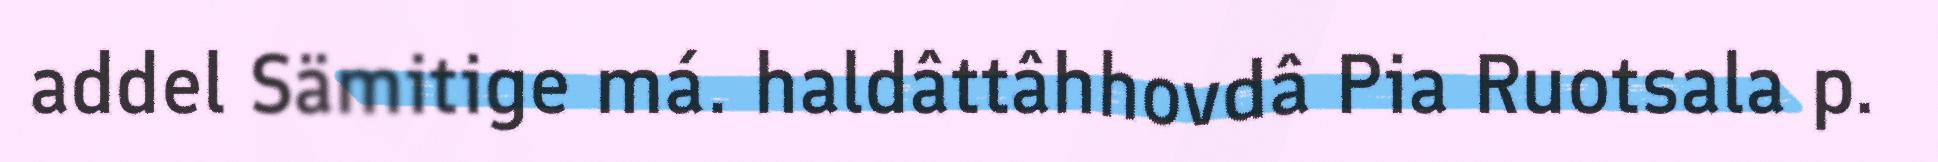
addel Sämitige má. haldâttâhhovdâ Pia Ruotsala p.